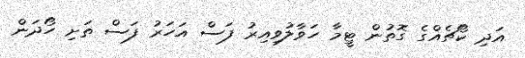
އަދި ކޯޗެއްގެ ގޮތުން ޓީމާ ހަވާލުވިއިރު ފަސް އަހަރު ފަސް ތަށި ހޯދަން